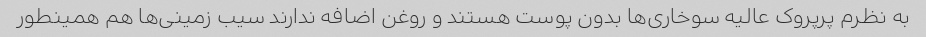
به نظرم پرپروک عالیه سوخاری‌ها بدون پوست هستند و روغن اضافه ندارند سیب زمینی‌ها هم همینطور